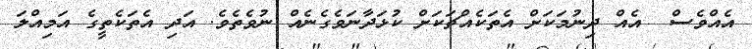
އެއްވެސް  އެއް ދިނުމަކަށް އެތަކެއްޗަކަށް ކުޅަދާނަވެގެނެއް ނުވެތެވެ. އަދި އެތަކެތީގެ އަމިއްލަ